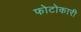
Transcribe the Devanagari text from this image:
फोटोकारी